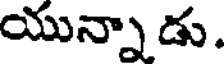
యున్నాడు.